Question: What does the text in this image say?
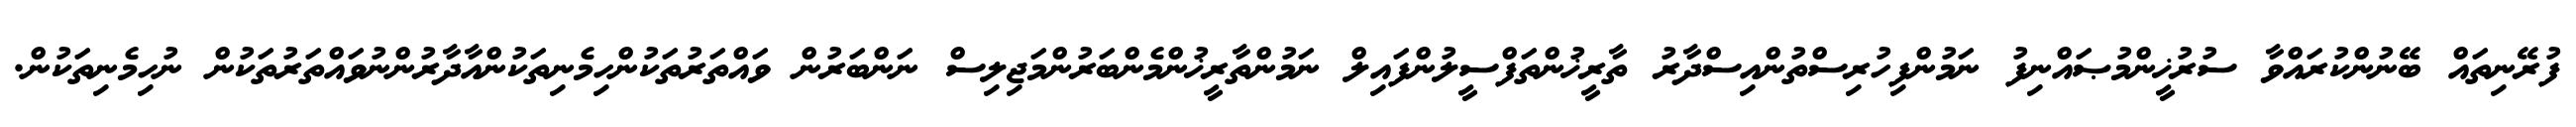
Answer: ފުރޭނިތައް ބޭނުންކުރައްވާ ސުރުޚީންމުޞައްނިފު ނަމުންފިހުރިސްތުންއިސްދާރު ތާރީޚުންތަފްސީލުންފައިލް ނަމުންތާރީޚުންމެންބަރުންމަޖިލިސް ނަންބަރުން ވައްތަރުތަކުންހިމެނިތަކުންއާދާރުންނުވައްތަރުތަކުން ނުހިމެނިތަކުން.